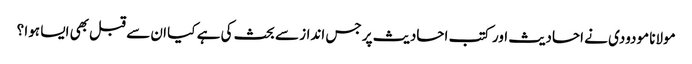
مولانا مودودی نے احادیث اور کتب احادیث پر جس انداز سے بحث کی ہے کیا ان سے قبل بھی ایسا ہوا ؟